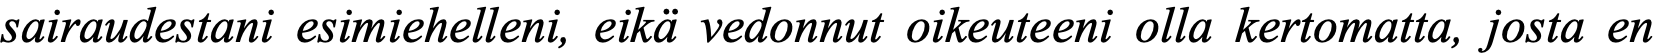
sairaudestani esimiehelleni, eikä vedonnut oikeuteeni olla kertomatta, josta en